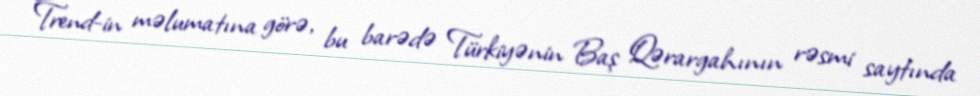
Trend-in məlumatına görə, bu barədə Türkiyənin Baş Qərargahının rəsmi saytında